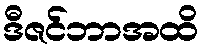
ဒီဇင်ဘာအထိ